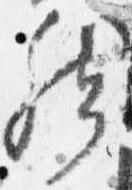
然